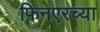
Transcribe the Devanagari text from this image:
फिनएरच्या